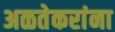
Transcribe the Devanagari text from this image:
अळतेकरांना